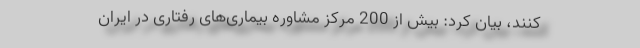
کنند، بیان کرد: بیش از 200 مرکز مشاوره بیماری‌‌های رفتاری در ایران